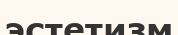
эстетизм